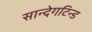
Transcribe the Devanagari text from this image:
सान्देगटिन्ड